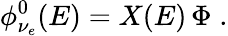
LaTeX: \phi_{\nu_{e}}^{0}(E)=X(E)\, \Phi\; .